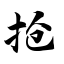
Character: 抢